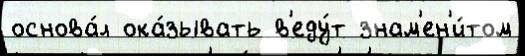
основа́л ока́зывать в'еду́т знам'ен'и́том